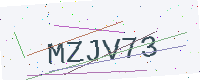
Text: MZJV73